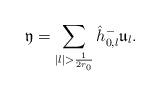
LaTeX: \begin{align*}\mathfrak{y}=\sum_{|l|>\frac{1}{2{r_0}}} \hat{h}^-_{0,l}\mathfrak{u}_{l}.\end{align*}